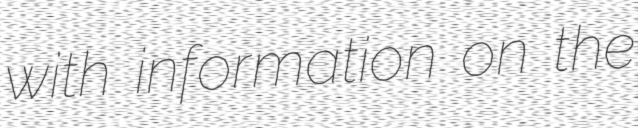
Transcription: with information on the